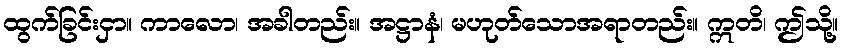
ထွက်ခြင်းငှာ။ ကာလော၊ အခါတည်း။ အဋ္ဌာနံ၊ မဟုတ်သောအရာတည်း။ ဣတိ၊ ဤသို့။